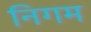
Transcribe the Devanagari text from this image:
निगम